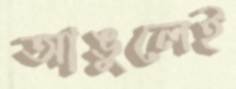
আঙুলেই